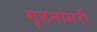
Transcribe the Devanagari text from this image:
गृहनागरी